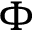
\Phi